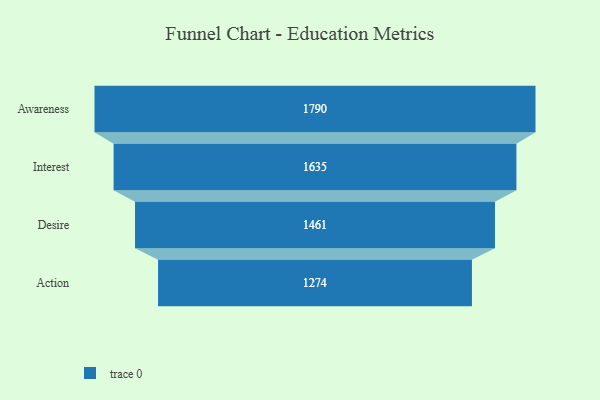
{"axis": {"x": "Stage", "y": "Value"}, "legend": [""], "data": [{"x": "Awareness", "y": 1790.0, "type": ""}, {"x": "Interest", "y": 1635.0, "type": ""}, {"x": "Desire", "y": 1461.0, "type": ""}, {"x": "Action", "y": 1274.0, "type": ""}]}